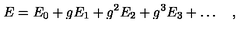
E = E _ { 0 } + g E _ { 1 } + g ^ { 2 } E _ { 2 } + g ^ { 3 } E _ { 3 } + \ldots \quad ,